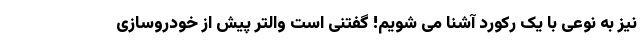
نیز به نوعی با یک رکورد آشنا می شویم! گفتنی است والتر پیش از خودروسازی